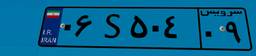
۰۶S۵۰۴۰۹